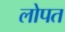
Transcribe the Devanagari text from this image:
लोपत